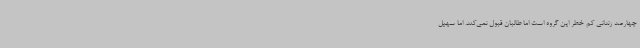
چهارصد زندانی کم خطر این گروه است اما طالبان قبول نمی‌کند. اما سهیل